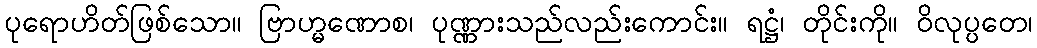
ပုရောဟိတ်ဖြစ်သော။ ဗြာဟ္မဏောစ၊ ပုဏ္ဏားသည်လည်းကောင်း။ ရဋ္ဌံ၊ တိုင်းကို။ ဝိလုပ္ပတေ၊